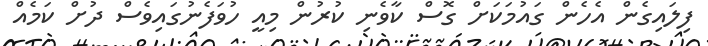
ފިލައިގެން އެހެން ގައުމަކަށް ގޮސް ކާވެނި ކުރުން މިއީ ހުވަފެނުގައިވެސް ދުށް ކަމެއް